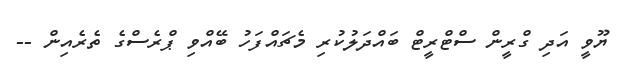
ޔޫވީ އަދި ގްރީން ސްޓްރީޓް ބައްދަލުކުރި މެޗައްފަހު ބޭއްވި ޕްރެސްގެ ތެރެއިން --